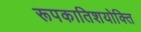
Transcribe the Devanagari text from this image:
रूपकातिशयोक्ति